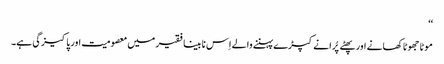
‘‘
موٹا جھوٹا کھانے اور پھٹے پُرانے کپڑے پہننے والے اِس نا بینا فقیر میں معصومیت اور پاکیزگی ہے۔